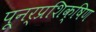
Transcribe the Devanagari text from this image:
पूनर्प्रशिक्षिण